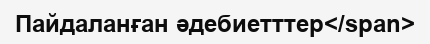
Пайдаланған әдебиетттер</span>